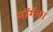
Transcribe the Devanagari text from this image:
मॉर्गन।